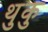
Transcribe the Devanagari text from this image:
थुकु